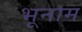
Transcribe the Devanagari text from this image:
भूनाम